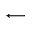
\longleftarrow